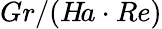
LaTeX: Gr/(H\! a\cdot Re)